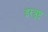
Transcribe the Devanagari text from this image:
इरत्रुष्ट्र